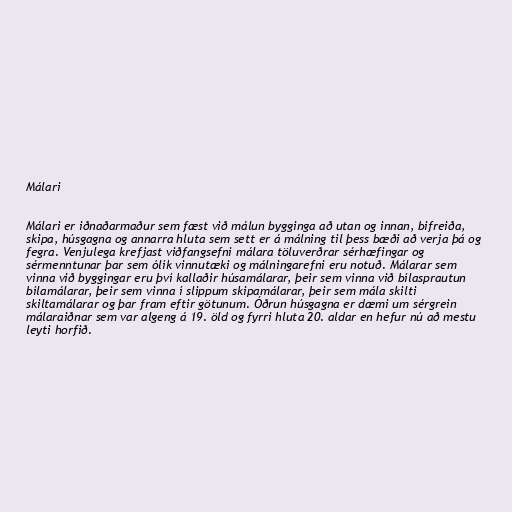
Málari

Málari er iðnaðarmaður sem fæst við málun bygginga að utan og innan, bifreiða,
skipa, húsgagna og annarra hluta sem sett er á málning til þess bæði að verja þá og
fegra. Venjulega krefjast viðfangsefni málara töluverðrar sérhæfingar og
sérmenntunar þar sem ólík vinnutæki og málningarefni eru notuð. Málarar sem
vinna við byggingar eru því kallaðir húsamálarar, þeir sem vinna við bílasprautun
bílamálarar, þeir sem vinna í slippum skipamálarar, þeir sem mála skilti
skiltamálarar og þar fram eftir götunum. Óðrun húsgagna er dæmi um sérgrein
málaraiðnar sem var algeng á 19. öld og fyrri hluta 20. aldar en hefur nú að mestu
leyti horfið.